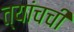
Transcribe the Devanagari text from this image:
त्यांचची